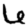
Digit: 6